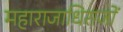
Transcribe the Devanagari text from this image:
महाराजाधिराजों